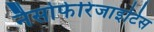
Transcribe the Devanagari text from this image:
नैसोफेरिंजाइटिस